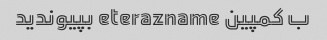
ب کمپین eterazname بپیوندید